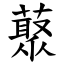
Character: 藂